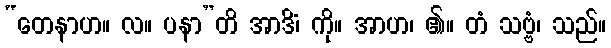
“တေနာဟ။ လ။ ပနာ”တိ အာဒိံ၊ ကို။ အာဟ၊ ၏။ တံ သဗ္ဗံ၊ သည်။